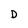
Character: D